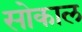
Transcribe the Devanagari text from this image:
सोकाल